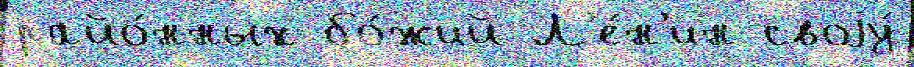
райо́нных бо́жий Л'е́н'ин своjу́